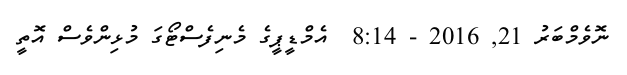
ނޮވެމްބަރު 21